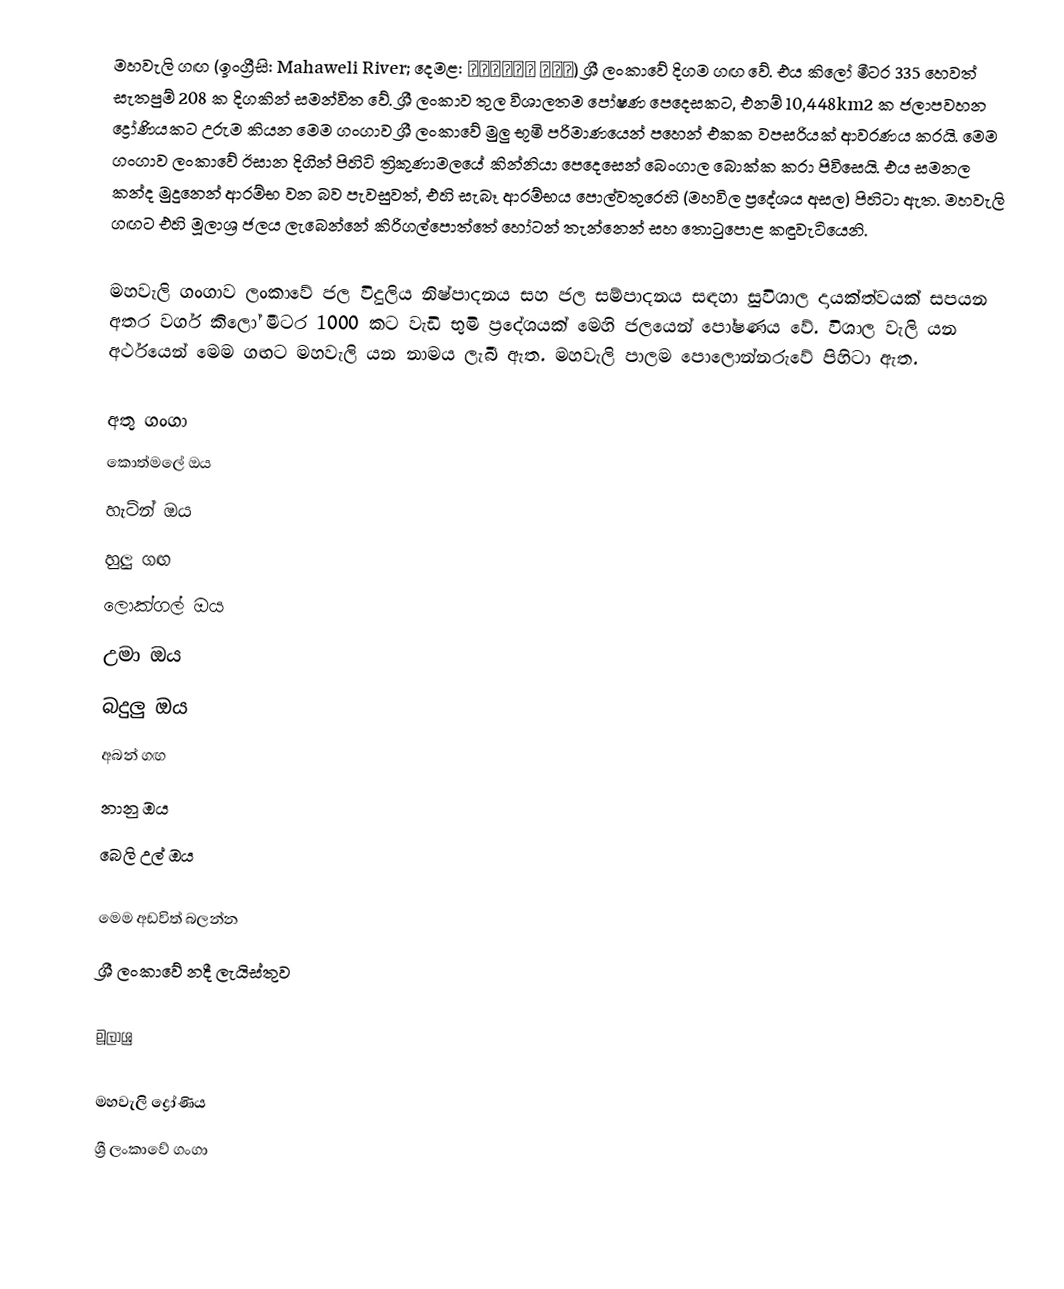
මහවැලි ගඟ (ඉංග්‍රීසි: Mahaweli River; දෙමළ: மகாவலி ஆறு) ශ්‍රී ලංකාවේ දිගම ගඟ වේ. එය කිලෝ මීටර 335 හෙවත් සැතපුම් 208 ක දිගකින් සමන්විත වේ. ශ්‍රී ලංකාව තුල විශාලතම පෝෂණ පෙදෙසකට, එනම් 10,448km2 ක ජලාපවහන ද්‍රෝණියකට උරුම කියන මෙම ගංගාව ශ්‍රී ලංකාවේ මුලු භූමි පරිමාණයෙන් පහෙන් එකක වපසරියක් ආවරණය කරයි. මෙම ගංගාව ලංකාවේ ඊසාන දිගින් පිහිටි ත්‍රිකුණාමලයේ කින්නියා පෙදෙසෙන් බෙංගාල බොක්ක කරා පිවිසෙයි. එය සමනල කන්ද මුදුනෙන් ආරම්භ වන බව පැවසුවත්, එහි සැබෑ ආරම්භය පොල්වතුරෙහි (මහවිල ප්‍රදේශය අසල) පිහිටා ඇත. මහවැලි ගඟට එහි මූලාශ්‍ර ජලය ලැබෙන්නේ කිරිගල්පොත්තේ හෝටන් තැන්නෙන් සහ තොටුපොළ කඳුවැටියෙනි.

මහවැලි ගංගාව ලංකාවේ ජල විදුලිය නිෂ්පාදනය සහ ජල සම්පාදනය සඳහා සුවිශාල දායක්ත්වයක් සපයන අතර වර්ග කිලෝ මීටර 1000 කට වැඩි භුමි ප්‍රදේශයක් මෙහි ජලයෙන් පෝෂණය වේ. විශාල වැලි යන අර්ථයෙන් මෙම ගඟට මහවැලි යන නාමය ලැබී ඇත. මහවැලි පාලම පොලොන්නරුවේ පිහිටා ඇත.

අතු ගංගා
 කොත්මලේ ඔය
 හැට්න් ඔය
 හුලු ගඟ
 ලොක්ගල් ඔය
 උමා ඔය
 බදුලු ඔය
 අබන් ගඟ
 නානු ඔය
 බෙලි උල් ඔය

මෙම අඩවිත් බලන්න
ශ්‍රී ලංකාවේ නදී ලැයිස්තුව

මූලාශ්‍ර

මහවැලි ද්‍රෝණිය
ශ්‍රී ලංකාවේ ගංගා